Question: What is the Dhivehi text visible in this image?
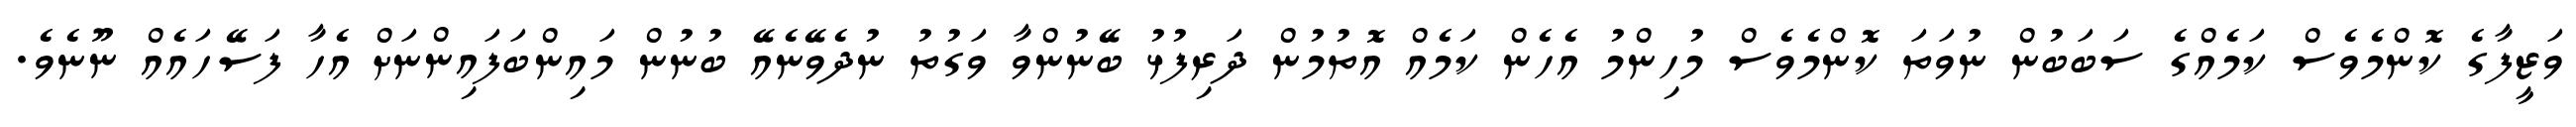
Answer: ވަޒީފާގެ ކޮންމެވެސް ކަމެއްގެ ސަބަބުން ނުވަތަ ކޮންމެވެސް މުހިންމު އެހެން ކަމެއް އޮތުމުން ދަރިފުޅު ބޭނުންވާ ވަގުތު ނުދެވޭނެއޭ ބުނުން މައިންބަފައިންނަށް އެހާ ފަސޭހައެއް ނޫނެވެ.